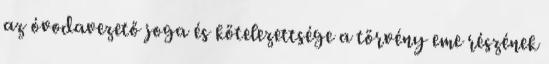
az óvodavezető joga és kötelezettsége a törvény eme részének